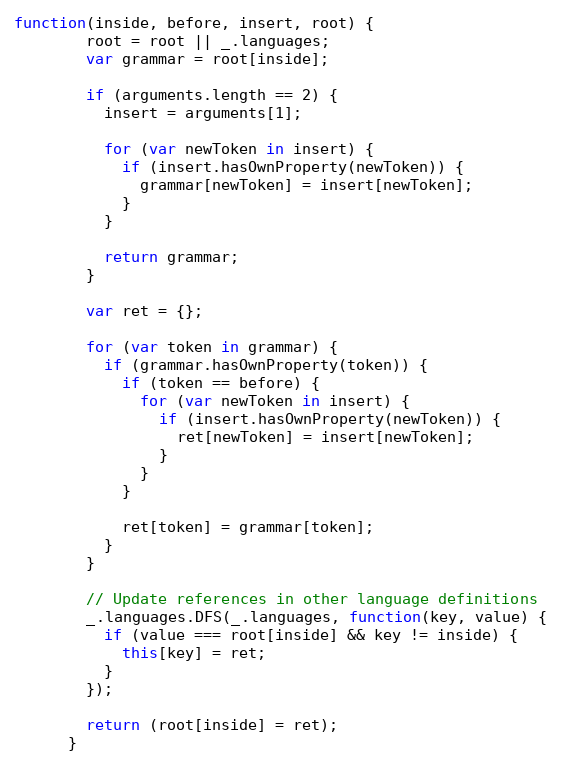
Language: JavaScript
function(inside, before, insert, root) {
        root = root || _.languages;
        var grammar = root[inside];

        if (arguments.length == 2) {
          insert = arguments[1];

          for (var newToken in insert) {
            if (insert.hasOwnProperty(newToken)) {
              grammar[newToken] = insert[newToken];
            }
          }

          return grammar;
        }

        var ret = {};

        for (var token in grammar) {
          if (grammar.hasOwnProperty(token)) {
            if (token == before) {
              for (var newToken in insert) {
                if (insert.hasOwnProperty(newToken)) {
                  ret[newToken] = insert[newToken];
                }
              }
            }

            ret[token] = grammar[token];
          }
        }

        // Update references in other language definitions
        _.languages.DFS(_.languages, function(key, value) {
          if (value === root[inside] && key != inside) {
            this[key] = ret;
          }
        });

        return (root[inside] = ret);
      }